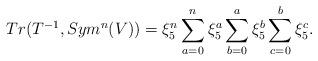
LaTeX: \begin{align*}Tr(T^{-1}, Sym^n(V)) &= \xi_5^{n} \sum_{a=0}^n \xi_5^{a} \sum_{b=0}^a \xi_5^b \sum_{c=0}^b \xi_5^c. \end{align*}